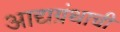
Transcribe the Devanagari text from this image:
आद्यग्रंथाची